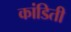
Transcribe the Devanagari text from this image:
कांडिती